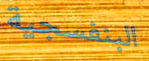
البنفسجية